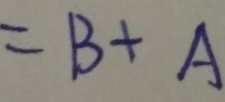
= B + A